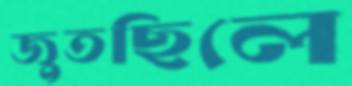
জুতছিলে